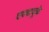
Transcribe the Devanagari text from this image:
एक्सयूके